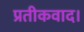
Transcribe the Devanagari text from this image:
प्रतीकवाद।